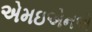
એમઇએનએ